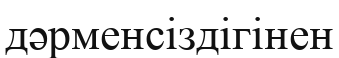
дәрменсіздігінен